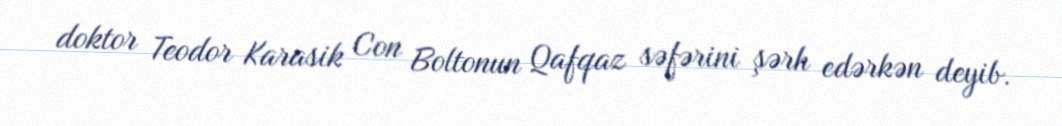
doktor Teodor Karasik Con Boltonun Qafqaz səfərini şərh edərkən deyib.